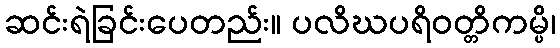
ဆင်းရဲခြင်းပေတည်း။ ပလိဃပရိဝတ္တိကမ္ပိ၊